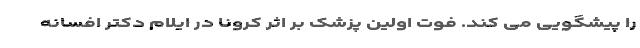
را پیشگویی می کند. فوت اولین پزشک بر اثر کرونا در ایلام دکتر افسانه